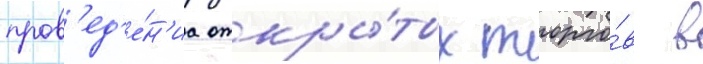
пров'ед'е́н'иа откры́тых торго́в в